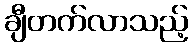
ချီတက်လာသည့်